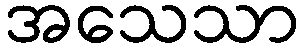
အသေသာ